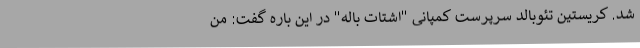
شد. کریستین تئوبالد سرپرست کمپانی "اشتات باله" در این باره گفت: من